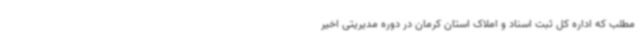
مطلب که اداره کل ثبت اسناد و املاک استان کرمان در دوره مدیریتی اخیر